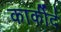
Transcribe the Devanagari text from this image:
कार्कीर्द